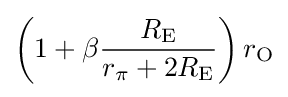
\left(1+\beta {\frac {R_{\mathrm {E} }}{r_{\pi }+2R_{\mathrm {E} }}}\right)r_{\mathrm {O} }